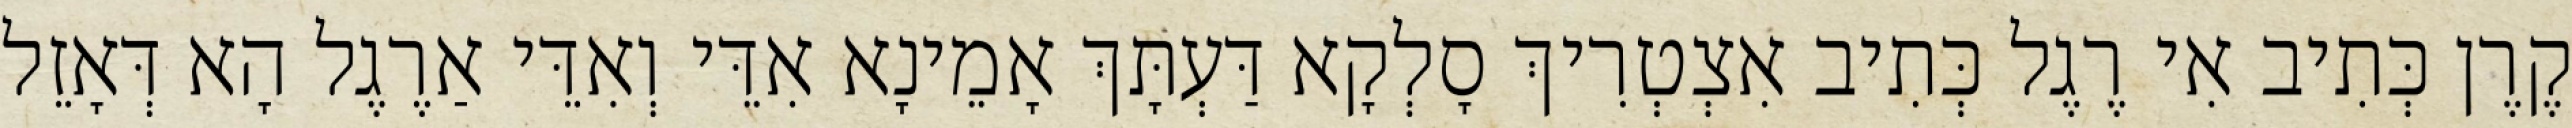
קֶרֶן כְּתִיב אִי רֶגֶל כְּתִיב אִצְטְרִיךְ סָלְקָא דַּעְתָּךְ אָמֵינָא אִדֵּי וְאִדֵּי אַרֶגֶל הָא דְּאָזֵל